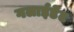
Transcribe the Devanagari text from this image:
गलाईडेंट